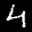
Label: 4